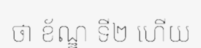
ថា ខ័ណ្ឌ ទី២ ហើយ